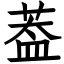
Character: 葢